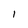
Character: I